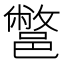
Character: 鄨